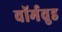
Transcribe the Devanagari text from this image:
वॉर्मवुड